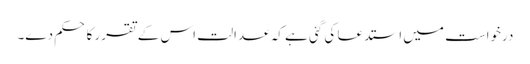
درخواست میں استدعا کی گئی ہے کہ عدالت اس کے تقرر کا حکم دے۔